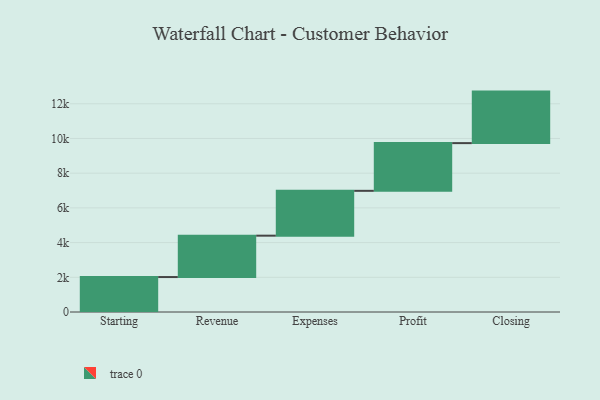
{"axis": {"x": "Step", "y": "Value"}, "legend": [""], "data": [{"x": "Starting", "y": 2014.0, "type": ""}, {"x": "Revenue", "y": 2385.0, "type": ""}, {"x": "Expenses", "y": 2584.0, "type": ""}, {"x": "Profit", "y": 2750.0, "type": ""}, {"x": "Closing", "y": 2969.0, "type": ""}]}